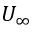
U _ { \infty }